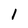
Character: 1